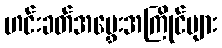
ဟင်းခတ်အမွှေးအကြိုင်များ